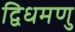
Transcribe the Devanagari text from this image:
द्विधमणु